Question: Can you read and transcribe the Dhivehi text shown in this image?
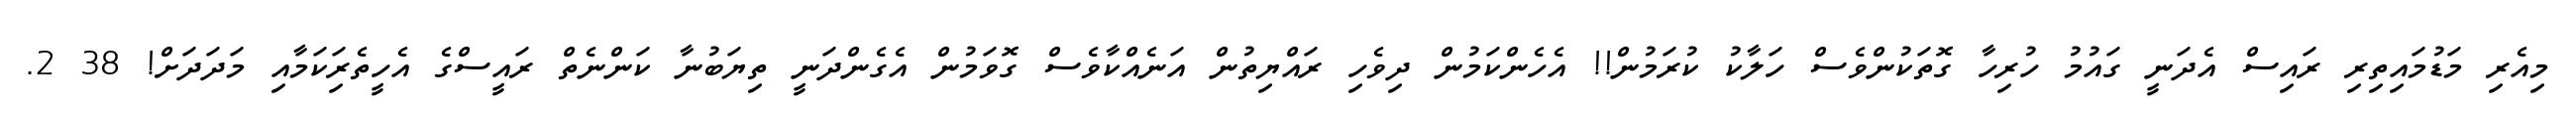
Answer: މިއެރި މަޑުމައިތިރި ރައިސް އެދަނީ ގައުމު ހުރިހާ ގޮތަކުންވެސް ހަލާކު ކުރަމުން!! އެހެންކަމުން ދިވެހި ރައްޔިތުން އަނެއްކާވެސް ގޮވަމުން އެގެންދަނީ ތިޔަބުނާ ކަންނެތް ރައީސްގެ އެހީތެރިަކަމާއި މަދަދަށް! 38 2.